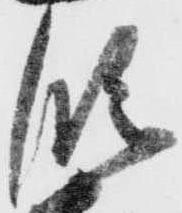
段